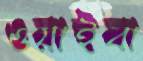
ওয়াইবা